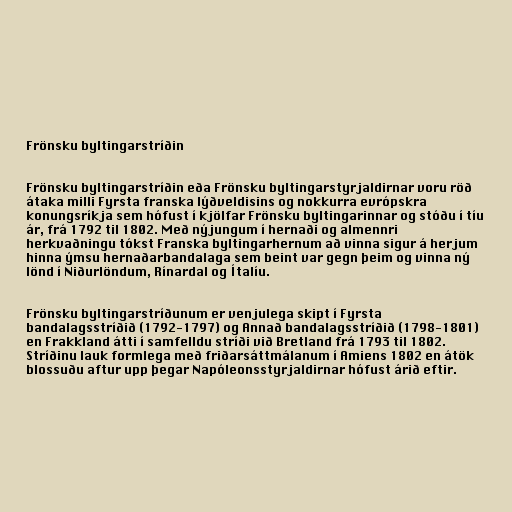
Frönsku byltingarstríðin

Frönsku byltingarstríðin eða Frönsku byltingarstyrjaldirnar voru röð
átaka milli Fyrsta franska lýðveldisins og nokkurra evrópskra
konungsríkja sem hófust í kjölfar Frönsku byltingarinnar og stóðu í tíu
ár, frá 1792 til 1802. Með nýjungum í hernaði og almennri
herkvaðningu tókst Franska byltingarhernum að vinna sigur á herjum
hinna ýmsu hernaðarbandalaga sem beint var gegn þeim og vinna ný
lönd í Niðurlöndum, Rínardal og Ítalíu.

Frönsku byltingarstríðunum er venjulega skipt í Fyrsta
bandalagsstríðið (1792-1797) og Annað bandalagsstríðið (1798-1801)
en Frakkland átti í samfelldu stríði við Bretland frá 1793 til 1802.
Stríðinu lauk formlega með friðarsáttmálanum í Amiens 1802 en átök
blossuðu aftur upp þegar Napóleonsstyrjaldirnar hófust árið eftir.